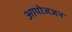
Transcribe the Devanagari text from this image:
आयोजजन